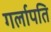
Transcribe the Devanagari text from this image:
गर्लापति